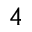
^ 4